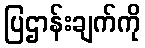
ပြဌာန်းချက်ကို